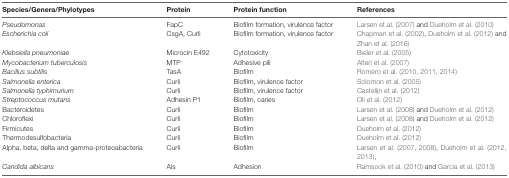
<table><thead><tr><td><b>Species/Genera/Phylotypes</b></td><td><b>Protein</b></td><td><b>Protein function</b></td><td><b>References</b></td></tr></thead><tbody><tr><td><i>Pseudomonas</i></td><td>FapC</td><td>Biofilm formation, virulence factor</td><td>Larsen et al. (2007) and Dueholm et al. (2010)</td></tr><tr><td><i>Escherichia coli</i></td><td>CsgA, Curli</td><td>Biofilm formation, virulence factor</td><td>Chapman et al. (2002), Dueholm et al. (2012) and Zhan et al. (2016)</td></tr><tr><td><i>Klebsiella pneumoniae</i></td><td>Microcin E492</td><td>Cytotoxicity</td><td>Bieler et al. (2005)</td></tr><tr><td><i>Mycobacterium tuberculosis</i></td><td>MTP</td><td>Adhesive pili</td><td>Alteri et al. (2007)</td></tr><tr><td><i>Bacillus subtilis</i></td><td>TasA</td><td>Biofilm</td><td>Romero et al. (2010, 2011, 2014)</td></tr><tr><td><i>Salmonella enterica</i></td><td>Curli</td><td>Biofilm, virulence factor</td><td>Solomon et al. (2005)</td></tr><tr><td><i>Salmonella typhimurium</i></td><td>Curli</td><td>Biofilm, virulence factor</td><td>Castelijn et al. (2012)</td></tr><tr><td><i>Streptococcus mutans</i></td><td>Adhesin P1</td><td>Biofilm, caries</td><td>Oli et al. (2012)</td></tr><tr><td>Bacteroidetes</td><td>Curli</td><td>Biofilm</td><td>Larsen et al. (2008) and Dueholm et al. (2012)</td></tr><tr><td>Chloroflexi</td><td>Curli</td><td>Biofilm</td><td>Larsen et al. (2008) and Dueholm et al. (2012)</td></tr><tr><td>Firmicutes</td><td>Curli</td><td>Biofilm</td><td>Dueholm et al. (2012)</td></tr><tr><td>Thermodesulfobacteria</td><td>Curli</td><td>Biofilm</td><td>Dueholm et al. (2012)</td></tr><tr><td>Alpha, beta, delta and gamma-proteoabacteria</td><td>Curli</td><td>Biofilm</td><td>Larsen et al. (2007, 2008), Dueholm et al. (2012, 2013),</td></tr><tr><td><i>Candida albicans</i></td><td>Als</td><td>Adhesion</td><td>Ramsook et al. (2010) and Garcia et al. (2013)</td></tr></tbody></table>